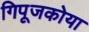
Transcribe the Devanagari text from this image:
गिपूजकोया